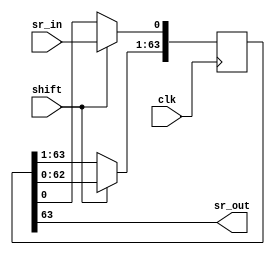
//
module shift_1x64 (clk, 
		  	shift,
			sr_in,
			sr_out,
		   );
  
	input clk, shift;
	input sr_in;
	output sr_out;

	reg [63:0] sr;

	always@(posedge clk)
	begin
		if (shift == 1'b1)
		begin
			sr[63:1] <= sr[62:0];
			sr[0] <= sr_in;
		end
	end
	
	assign sr_out = sr[63];

endmodule